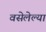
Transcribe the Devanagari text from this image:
वसेलेल्या